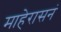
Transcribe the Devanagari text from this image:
माहेरासनं